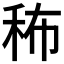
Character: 𥞎